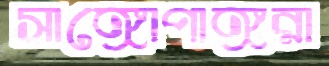
সাঙ্গোপাঙ্গরা